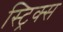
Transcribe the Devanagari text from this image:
स्ट्रिक्स